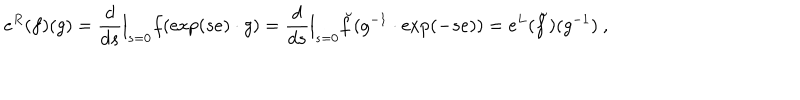
e ^ { R } ( f ) ( g ) = \frac d { d s } { \Big | } _ { s = 0 } f ( \exp ( s e ) \cdot g ) = \frac d { d s } { \Big | } _ { s = 0 } \breve { f } ( g ^ { - 1 } \cdot \exp ( - s e ) ) = e ^ { L } ( \breve { f } ) ( g ^ { - 1 } ) \ ,